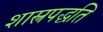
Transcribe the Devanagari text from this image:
शास्त्रपद्धति